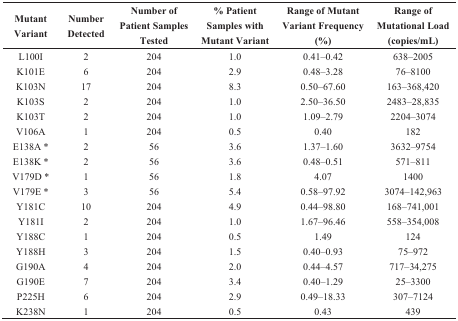
<table><thead><tr><td><b>Mutant Variant</b></td><td><b>Number Detected</b></td><td><b>Number of Patient Samples Tested</b></td><td><b>% Patient Samples with Mutant Variant</b></td><td><b>Range of Mutant Variant Frequency (%)</b></td><td><b>Range of Mutational Load (copies/mL)</b></td></tr></thead><tbody><tr><td>L100I</td><td>2</td><td>204</td><td>1.0</td><td>0.41–0.42</td><td>638–2005</td></tr><tr><td>K101E</td><td>6</td><td>204</td><td>2.9</td><td>0.48–3.28</td><td>76–8100</td></tr><tr><td>K103N</td><td>17</td><td>204</td><td>8.3</td><td>0.50–67.60</td><td>163–368,420</td></tr><tr><td>K103S</td><td>2</td><td>204</td><td>1.0</td><td>2.50–36.50</td><td>2483–28,835</td></tr><tr><td>K103T</td><td>2</td><td>204</td><td>1.0</td><td>1.09–2.79</td><td>2204–3074</td></tr><tr><td>V106A</td><td>1</td><td>204</td><td>0.5</td><td>0.40</td><td>182</td></tr><tr><td>E138A *</td><td>2</td><td>56</td><td>3.6</td><td>1.37–1.60</td><td>3632–9754</td></tr><tr><td>E138K *</td><td>2</td><td>56</td><td>3.6</td><td>0.48–0.51</td><td>571–811</td></tr><tr><td>V179D *</td><td>1</td><td>56</td><td>1.8</td><td>4.07</td><td>1400</td></tr><tr><td>V179E *</td><td>3</td><td>56</td><td>5.4</td><td>0.58–97.92</td><td>3074–142,963</td></tr><tr><td>Y181C</td><td>10</td><td>204</td><td>4.9</td><td>0.44–98.80</td><td>168–741,001</td></tr><tr><td>Y181I</td><td>2</td><td>204</td><td>1.0</td><td>1.67–96.46</td><td>558–354,008</td></tr><tr><td>Y188C</td><td>1</td><td>204</td><td>0.5</td><td>1.49</td><td>124</td></tr><tr><td>Y188H</td><td>3</td><td>204</td><td>1.5</td><td>0.40–0.93</td><td>75–972</td></tr><tr><td>G190A</td><td>4</td><td>204</td><td>2.0</td><td>0.44–4.57</td><td>717–34,275</td></tr><tr><td>G190E</td><td>7</td><td>204</td><td>3.4</td><td>0.40–1.29</td><td>25–3300</td></tr><tr><td>P225H</td><td>6</td><td>204</td><td>2.9</td><td>0.49–18.33</td><td>307–7124</td></tr><tr><td>K238N</td><td>1</td><td>204</td><td>0.5</td><td>0.43</td><td>439</td></tr></tbody></table>